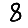
Digit: 8